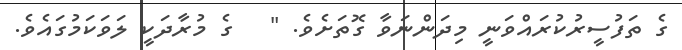
ގެ ތަފުސީރުކުރައްވަނީ މިދަންނަވާ ގޮތަށެވެ. "   ގެ މުރާދަކީ ލަވަކަމުގައެވެ.